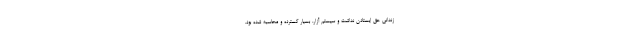
زندانی حق ایستادن نداشت و سیستم آزار، بسیار گسترده و محاسبه شده بود.